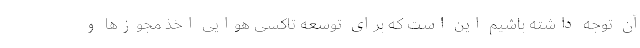
آن توجه داشته باشیم این است که برای توسعه تاکسی هوایی اخذ مجوزها و